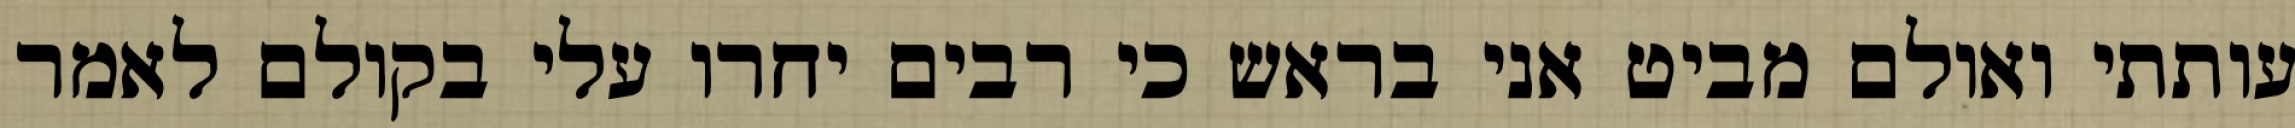
עותתי ואולם מביט אני בראש כי רבים יחרו עלי בקולם לאמר